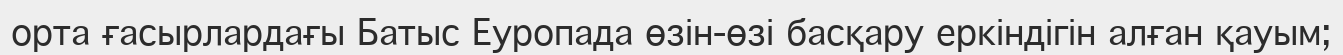
орта ғасырлардағы Батыс Еуропада өзін-өзі басқару еркіндігін алған қауым;